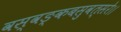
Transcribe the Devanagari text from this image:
वस्वङ्कबसुवत्सरे।।